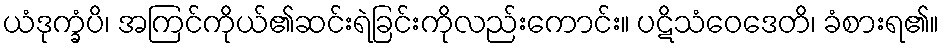
ယံဒုက္ခံပိ၊ အကြင်ကိုယ်၏ဆင်းရဲခြင်းကိုလည်းကောင်း။ ပဋိသံဝေဒေတိ၊ ခံစားရ၏။